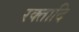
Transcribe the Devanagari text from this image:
रक्तादि